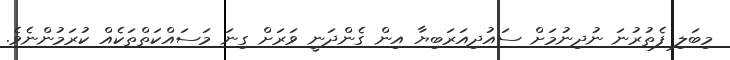
މިބަލި ފެތުރުނަ ނުދިނުމަށް ސައުދިއަރަބިޔާ އިން ގެންދަނީ ވަރަށް ގިނަ މަސައްކަތްތަކެއް ކުރަމުންނެވެ.